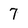
Character: 7